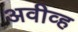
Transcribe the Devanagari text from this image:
अवीव्ह